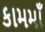
કામમાઁ